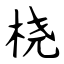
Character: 桡